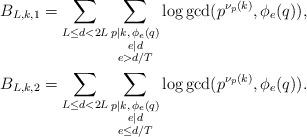
LaTeX: \begin{align*}B_{L,k,1} &=\sum_{L\le d < 2L} \sum_{\substack{p \mid k,\,\phi_e(q)\\ e \mid d \\ e >d/T}} \log \gcd(p^{\nu_p(k)},\phi_e(q)) ,\\B_{L,k,2} &=\sum_{L\le d < 2L} \sum_{\substack{p \mid k,\,\phi_e(q)\\ e \mid d \\ e \le d/T}} \log \gcd(p^{\nu_p(k)},\phi_e(q)).\end{align*}